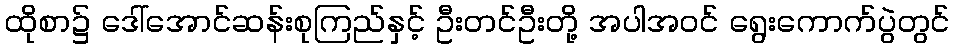
ထိုစာ၌ ဒေါ်အောင်ဆန်းစုကြည်နှင့် ဦးတင်ဦးတို့ အပါအဝင် ရွေးကောက်ပွဲတွင်